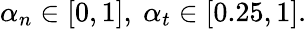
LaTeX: \alpha_{n}\in[0,1],\ \alpha_{t}\in[0.25,1].